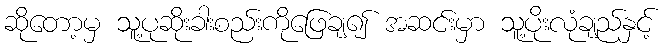
ဆိုတော့မှ သူ့ပုဆိုးခါးစည်းကိုဖြေချ၍ အဆင်းမှာ သူ့ပိုးလုံချည်နှင့်